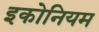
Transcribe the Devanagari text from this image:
इकोनियम